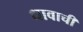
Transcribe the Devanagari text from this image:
धावाची